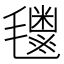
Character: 𬇈